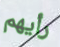
رأيهم